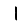
Digit: 1